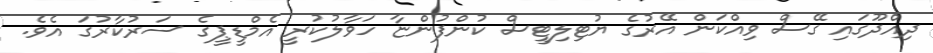
ދިއްދޫގައި ގޭސް ވިއްކަން އޭރުގެ ޔުޓިލިޓީސް ކުންފުންޏާ ހަވާލުކުރީ އެމްޑީޕީގެ ސަރުކާރުގަ އެވެ.